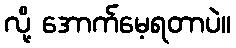
လို့ အောက်မေ့ရတာပဲ။